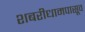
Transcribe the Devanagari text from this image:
शबरीधामपासूव